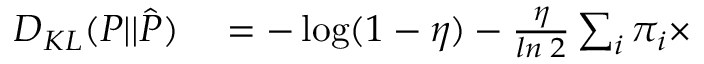
\begin{array} { r l } { D _ { K L } ( P | | \hat { P } ) } & { { } = - \log ( 1 - \eta ) - \frac { \eta } { l n \; 2 } \sum _ { i } \pi _ { i } \times } \end{array}